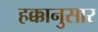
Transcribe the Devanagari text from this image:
हक्कानुसार